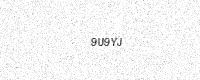
Text: 9U9YJ